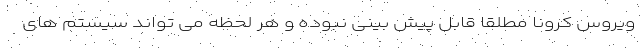
ویروس کرونا مطلقا قابل پیش بینی نبوده و هر لحظه می تواند سیستم های